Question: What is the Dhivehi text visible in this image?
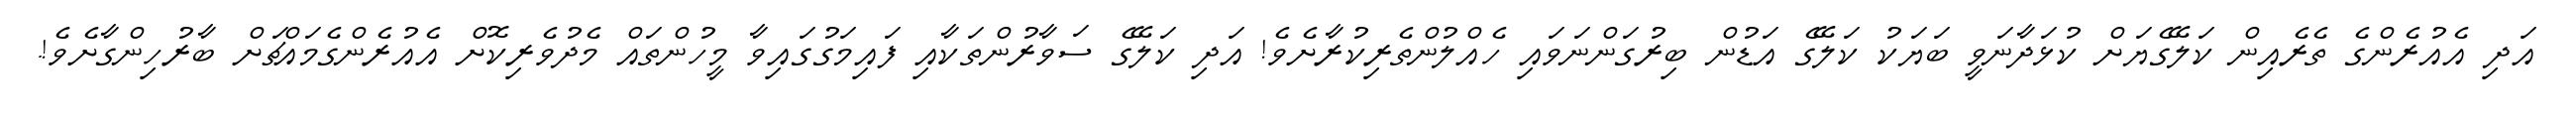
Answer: އަދި އެއުރެންގެ ތެރެއިން ކަލޭގެޔަށް ކުޅަދާނަވީ ބަޔަކު ކަލޭގެ އަޑުން ބިރުގަންނަވައި ހެއްލުންތެރިކުރާށެވެ! އަދި ކަލޭގެ ސަވާރުންތަކާއި ފައިމަގުގައިވާ މީހުންތައް މެދުވެރިކޮށް އެއުރެންގެމައްޗަށް ބާރުހިންގާށެވެ!.